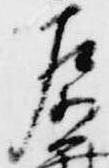
左